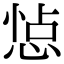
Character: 𢛈